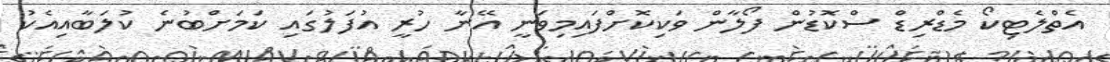
އެތްލެޓިކޯ މެޑްރިޑް ސްކޮޑުން ފޯލާން ވަކިކޮށްފައިމިވަނީ އޭނާ ހުރީ އުފަލުގައި ކަމަށްބުނެ ކުލަބާއިއެކު